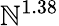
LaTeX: \mathbb{N}^{1.38}